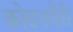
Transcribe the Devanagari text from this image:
कोडनचैरी